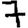
Digit: 7